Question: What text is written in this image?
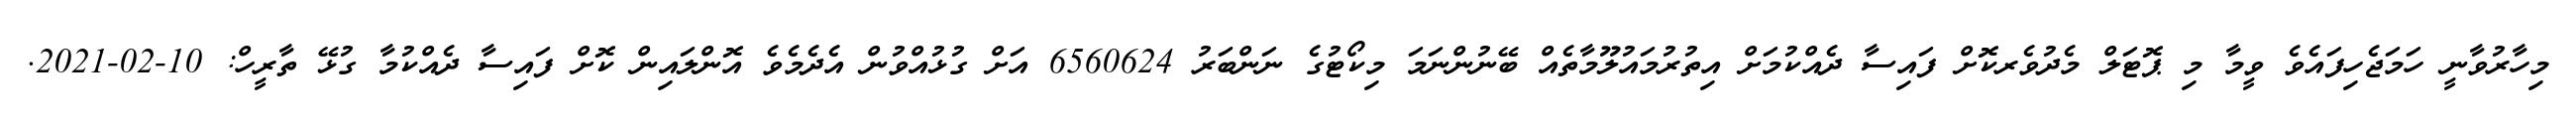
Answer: މިހާރުވާނީ ހަމަޖެހިފައެވެ ވީމާ މި ޕޮޓަލް މެދުވެރކޮށް ފައިސާ ދެއްކުމަށް އިތުރުމައުލޫމާތެއް ބޭނުންނަމަ މިކޯޓުގެ ނަންބަރު 6560624 އަށް ގުޅުއްވުން އެދެމެވެ އޮންލައިން ކޮށް ފައިސާ ދެއްކުމާ ގުޅޭ ތާރީހް: 10-02-2021.